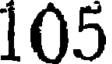
105